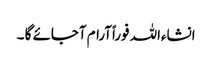
انشاءاللہ فوراًآرام آجائے گا ۔